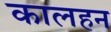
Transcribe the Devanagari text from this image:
कालहन